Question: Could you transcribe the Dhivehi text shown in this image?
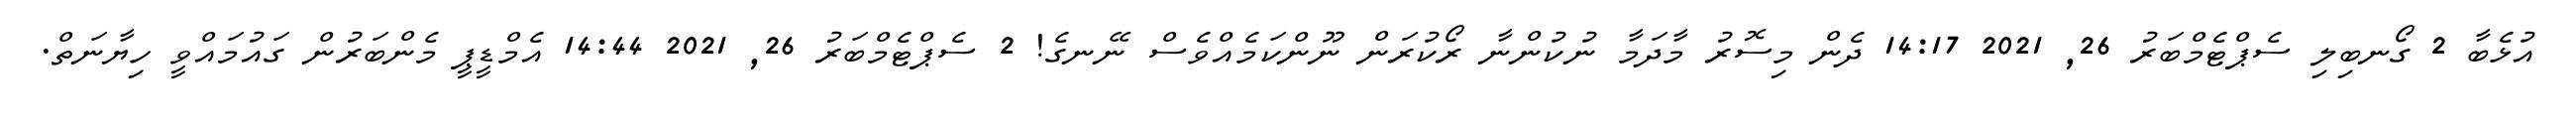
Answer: އުޅެބާ 2 ގޯނބިލި ސެޕްޓެމްބަރު 26, 2021 14:17 ދެން މިސޮރު މާދަމާ ނުކުންނާ ރޯކުރަން ނޫންކަމެއްވެސް ނޭނގެ! 2 ސެޕްޓެމްބަރު 26, 2021 14:44 އެމްޑީޕީ މެންބަރުން ގައުމައްވީ ހިޔާނަތް.